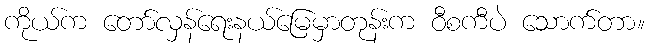
ကိုယ်က တော်လှန်ရေးနယ်မြေမှာတုန်းက ဝီစကီပဲ သောက်တာ။